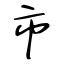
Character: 市